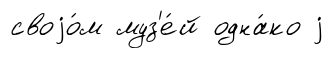
своjо́м муз'е́й одна́ко j